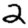
Digit: 2